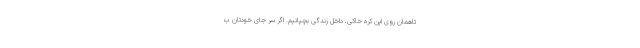
تاهمان روی این کرهٔ خاکی، داخل زندگی بچپانیم. اگر سر جای خودتان ب